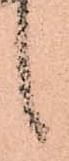
候